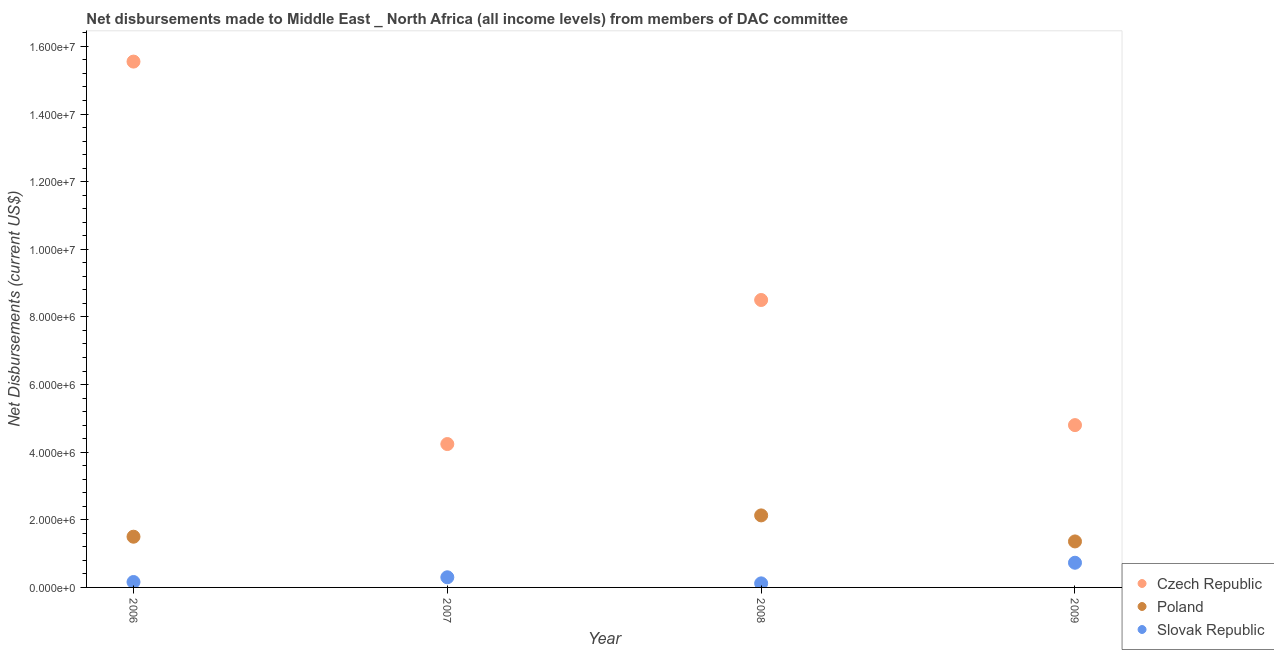
| Year | Czech Republic | Poland | Slovak Republic |
 | --- | --- | --- | --- |
 | 2006 | 1.56e+07 | 1.5e+06 | 1.6e+05 |
 | 2007 | 4.24e+06 | -2.65e+06 | 3e+05 |
 | 2008 | 8.5e+06 | 2.13e+06 | 1.2e+05 |
 | 2009 | 4.8e+06 | 1.36e+06 | 7.3e+05 |